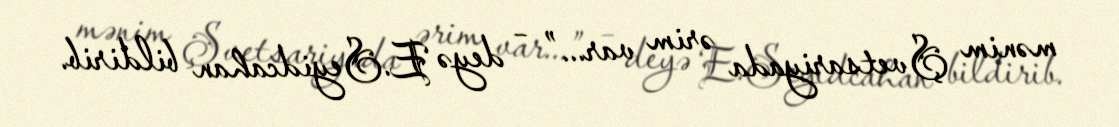
mənim Şvetsariyada ərim var...” – deyə E.Seyidcahan bildirib.